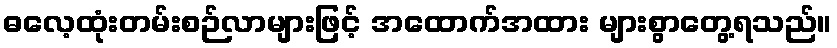
ဓလေ့ထုံးတမ်းစဉ်လာများဖြင့် အထောက်အထား များစွာတွေ့ရသည်။